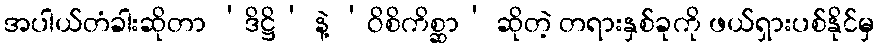
အပါယ်တံခါးဆိုတာ ‘ဒိဋ္ဌိ’ နဲ့ ‘ဝိစိကိစ္ဆာ’ ဆိုတဲ့ တရားနှစ်ခုကို ဖယ်ရှားပစ်နိုင်မှ